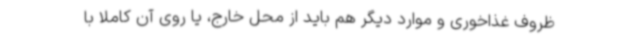
ظروف غذاخوری و موارد دیگر هم باید از محل خارج، یا روی آن کاملاً با